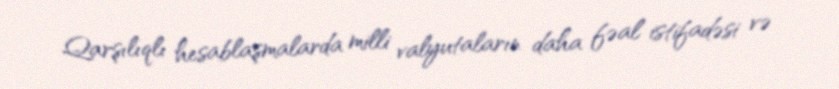
Qarşılıqlı hesablaşmalarda milli valyutaların daha fəal istifadəsi və